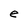
Character: e